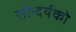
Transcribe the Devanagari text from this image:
सौन्दर्यको